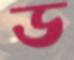
ড